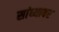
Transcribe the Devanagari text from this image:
सांध्यावर